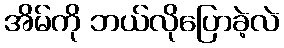
အိမ်ကို ဘယ်လိုပြောခဲ့လဲ